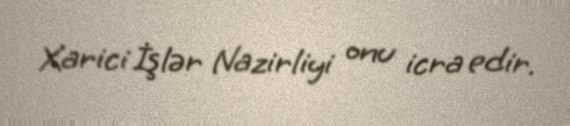
Xarici İşlər Nazirliyi onu icra edir.